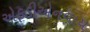
એફડીએનવાય